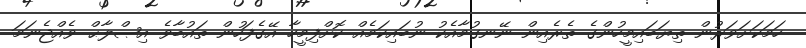
ހަމަކަށަވަރުން ތިޔަބައިމީހުންގެ ތެރެއިން ނޭނގުމާއެކު ނުބައިކަމެއް ކޮށްފިމީހާ އޭގެފަހުން ތައުބާވެ އިޞްލާޙް ވެއްޖެނަމަ